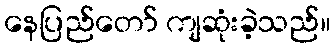
နေပြည်တော် ကျဆုံးခဲ့သည်။